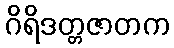
ဂိရိဒတ္တဇာတက